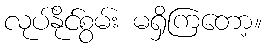
လုပ်နိုင်စွမ်း မရှိကြတော့။